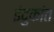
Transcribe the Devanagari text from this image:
इंदुकांत